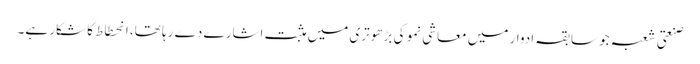
صنعتی شعبہ جو سابقہ ادوار میں معاشی نمو کی بڑھوتری میں مثبت اشارے دے رہا تھا، انحطاط کا شکار ہے۔